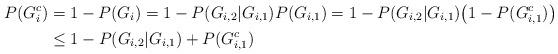
LaTeX: \begin{align*}P(G_i^c)&=1-P(G_i)=1-P(G_{i,2}|G_{i,1})P(G_{i,1})=1-P(G_{i,2}|G_{i,1})\bigl(1-P(G_{i,1}^c)\bigr)\\&\leq 1-P(G_{i,2}|G_{i,1})+P(G_{i,1}^c)\end{align*}